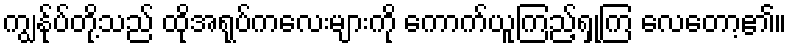
ကျွန်ုပ်တို့သည် ထိုအရုပ်ကလေးများကို ကောက်ယူကြည့်ရှုကြ လေတော့၏။